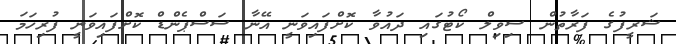
ޝަރީފުގެ ފަރާތުން ސިވިލް ކޯޓުގައި ދައުވާ ކޮށްފައިވަނީ އޭނާ ސަސްޕެންޑް ކޮށްފައިވަނީ ފުރިހަމަ